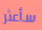
سأعثر